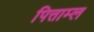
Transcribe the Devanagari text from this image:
पित्ताम्ल